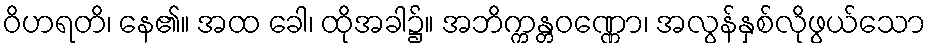
ဝိဟရတိ၊ နေ၏။ အထ ခေါ၊ ထိုအခါ၌။ အဘိက္ကန္တဝဏ္ဏော၊ အလွန်နှစ်လိုဖွယ်သော